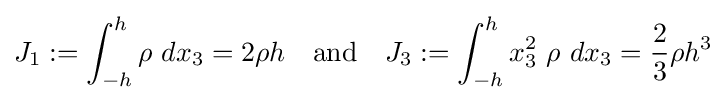
J_{1}:=\int _{-h}^{h}\rho ~dx_{3}=2\rho h\quad {\text{and}}\quad J_{3}:=\int _{-h}^{h}x_{3}^{2}~\rho ~dx_{3}={\frac {2}{3}}\rho h^{3}